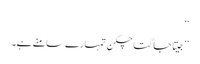
‘‘
’’جیتا جاگتا چکن تمہارے سامنے ہے۔